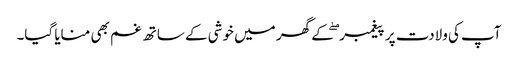
آپ کی ولادت پر پیغمبر ۖ کے گھر میں خوشی کے ساتھ غم بھی منایا گیا۔